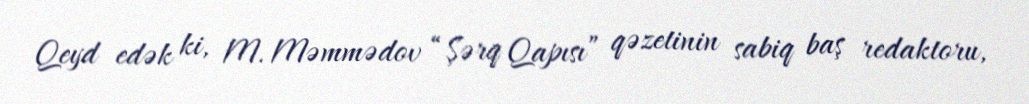
Qeyd edək ki, M. Məmmədov “Şərq Qapısı” qəzetinin sabiq baş redaktoru,